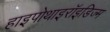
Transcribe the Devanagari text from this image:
हाइपोथाइरॉइडिज्म